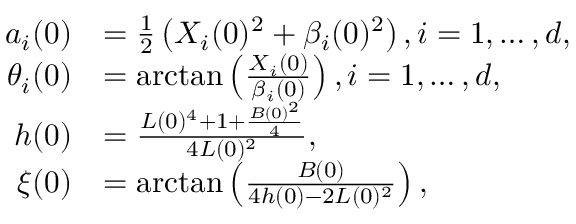
\begin{array} { r l } { a _ { i } ( 0 ) } & { = \frac { 1 } { 2 } \left( X _ { i } ( 0 ) ^ { 2 } + \beta _ { i } ( 0 ) ^ { 2 } \right) , i = 1 , \dots , d , } \\ { \theta _ { i } ( 0 ) } & { = \arctan \left( \frac { X _ { i } ( 0 ) } { \beta _ { i } ( 0 ) } \right) , i = 1 , \dots , d , } \\ { h ( 0 ) } & { = \frac { L ( 0 ) ^ { 4 } + 1 + \frac { B ( 0 ) ^ { 2 } } { 4 } } { 4 L ( 0 ) ^ { 2 } } , } \\ { \xi ( 0 ) } & { = \arctan \left( \frac { B ( 0 ) } { 4 h ( 0 ) - 2 L ( 0 ) ^ { 2 } } \right) , } \end{array}